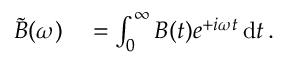
\begin{array} { r l } { \tilde { B } ( \omega ) } & { { } = \int _ { 0 } ^ { \infty } B ( t ) e ^ { + i \omega t } \, \mathrm { d } t \, . } \end{array}